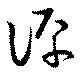
評